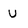
Character: u